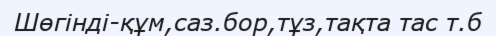
Шөгінді-құм,саз.бор,тұз,тақта тас т.б